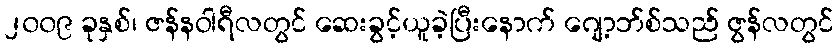
၂၀၀၉ ခုနှစ်၊ ဇန်နဝါရီလတွင် ဆေးခွင့်ယူခဲ့ပြီးနောက် ဂျော့ဘ်စ်သည် ဇွန်လတွင်